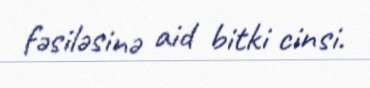
fəsiləsinə aid bitki cinsi.